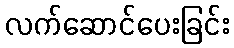
လက်ဆောင်ပေးခြင်း